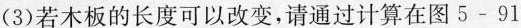
(3)若木板的长度可以改变，请通过计算在图5-91